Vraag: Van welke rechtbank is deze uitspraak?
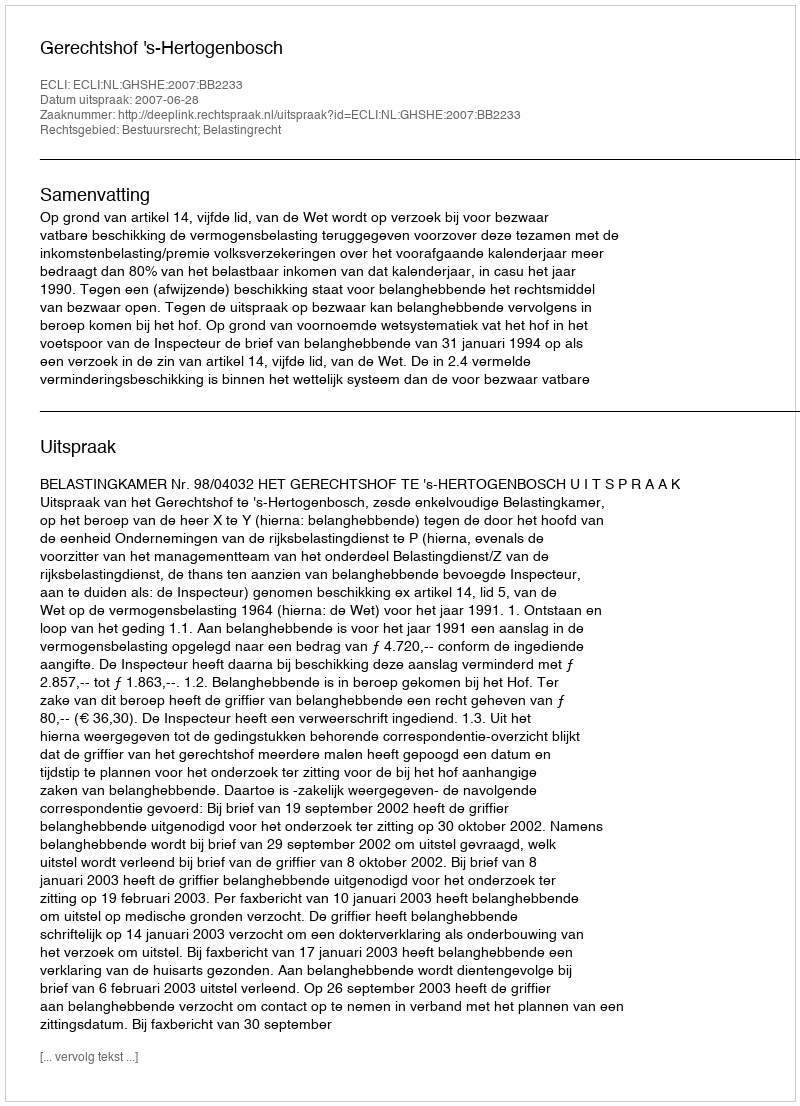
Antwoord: Gerechtshof 's-Hertogenbosch